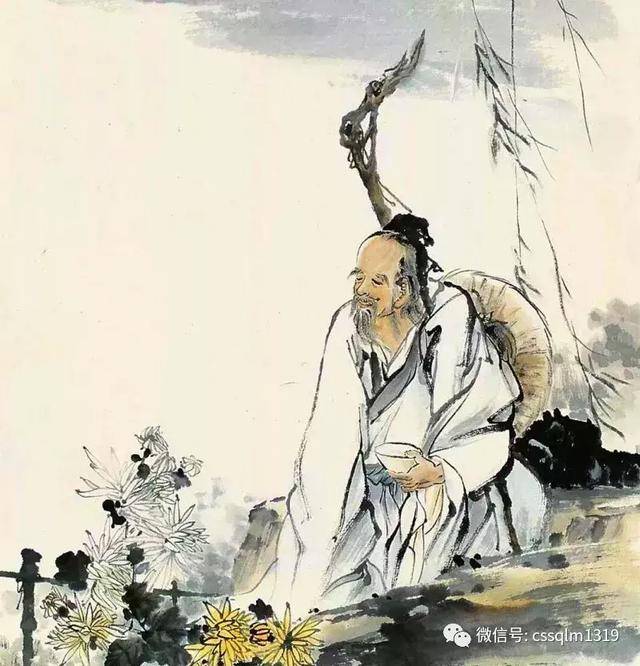
夫尚贤者，政之本也。